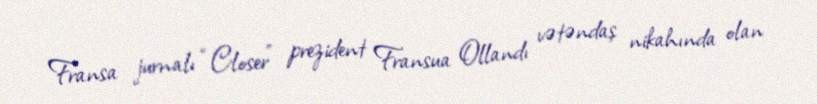
Fransa jurnalı “Closer” prezident Fransua Ollandı vətəndaş nikahında olan